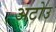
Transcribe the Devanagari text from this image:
अटोउ